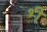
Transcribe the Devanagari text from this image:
भ्‍ी